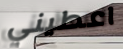
اعطيني